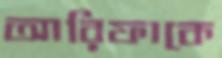
আরিফাকে